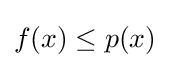
f(x)\leq p(x)